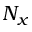
N _ { x }